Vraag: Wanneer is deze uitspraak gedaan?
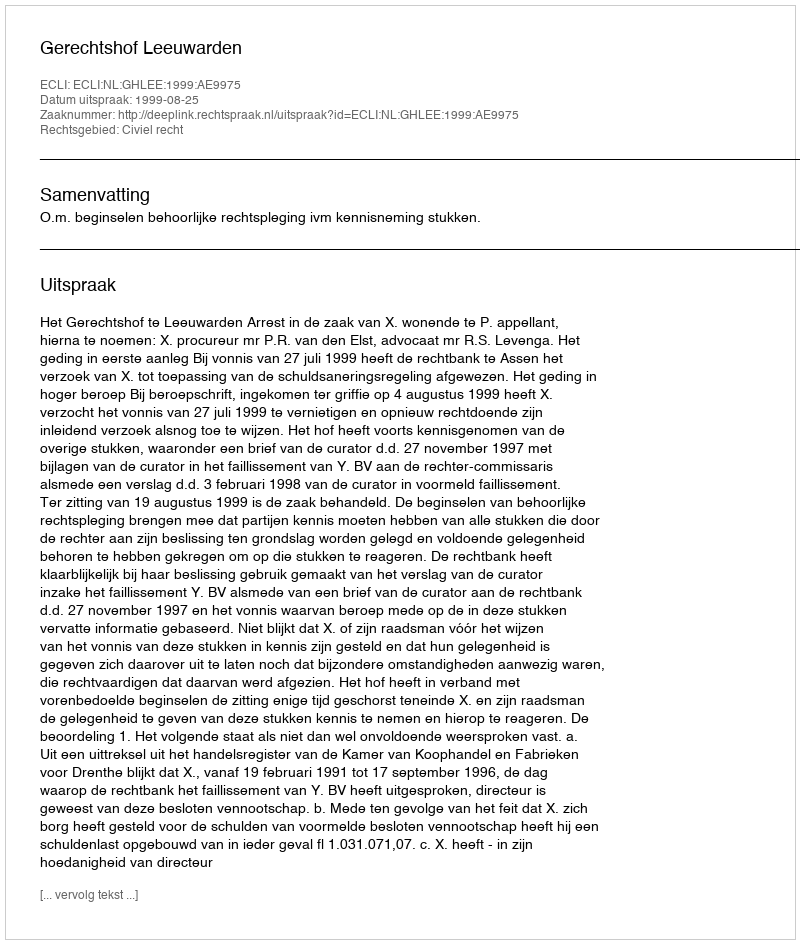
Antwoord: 1999-08-25